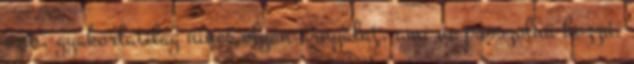
szín, gyakorlatilag nincs olyan árnyalat, ami ne passzolna hozzá.